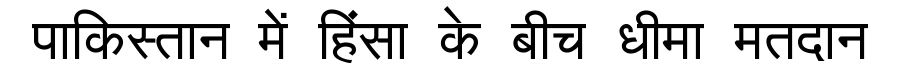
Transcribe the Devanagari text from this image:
पाकिस्तान में हिंसा के बीच धीमा मतदान